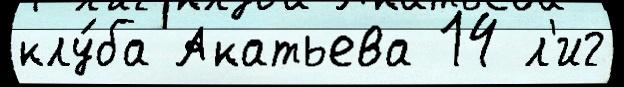
клу́ба Акатьева 14 л'иг